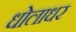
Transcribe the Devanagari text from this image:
धोलाधर